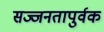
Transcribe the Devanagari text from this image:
सज्जनतापुर्वक